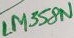
Text: LM358N